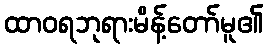
ထာဝရဘုရားမိန့်တော်မူ၏